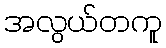
အလွယ်တကူ